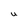
Character: U